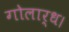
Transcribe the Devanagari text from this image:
गोलार्ध।